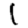
Digit: 1